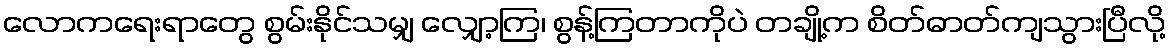
လောကရေးရာတွေ စွမ်းနိုင်သမျှ လျှော့ကြ၊ စွန့်ကြတာကိုပဲ တချို့က စိတ်ဓာတ်ကျသွားပြီလို့